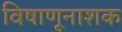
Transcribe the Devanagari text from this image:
विषाणूनाशक